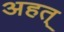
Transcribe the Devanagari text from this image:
अहत्